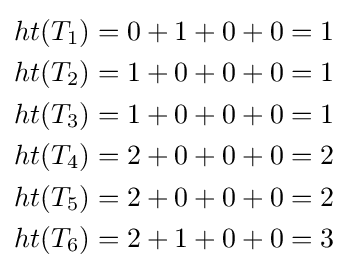
{\begin{aligned}ht(T_{1})=0+1+0+0=1\\ht(T_{2})=1+0+0+0=1\\ht(T_{3})=1+0+0+0=1\\ht(T_{4})=2+0+0+0=2\\ht(T_{5})=2+0+0+0=2\\ht(T_{6})=2+1+0+0=3\end{aligned}}